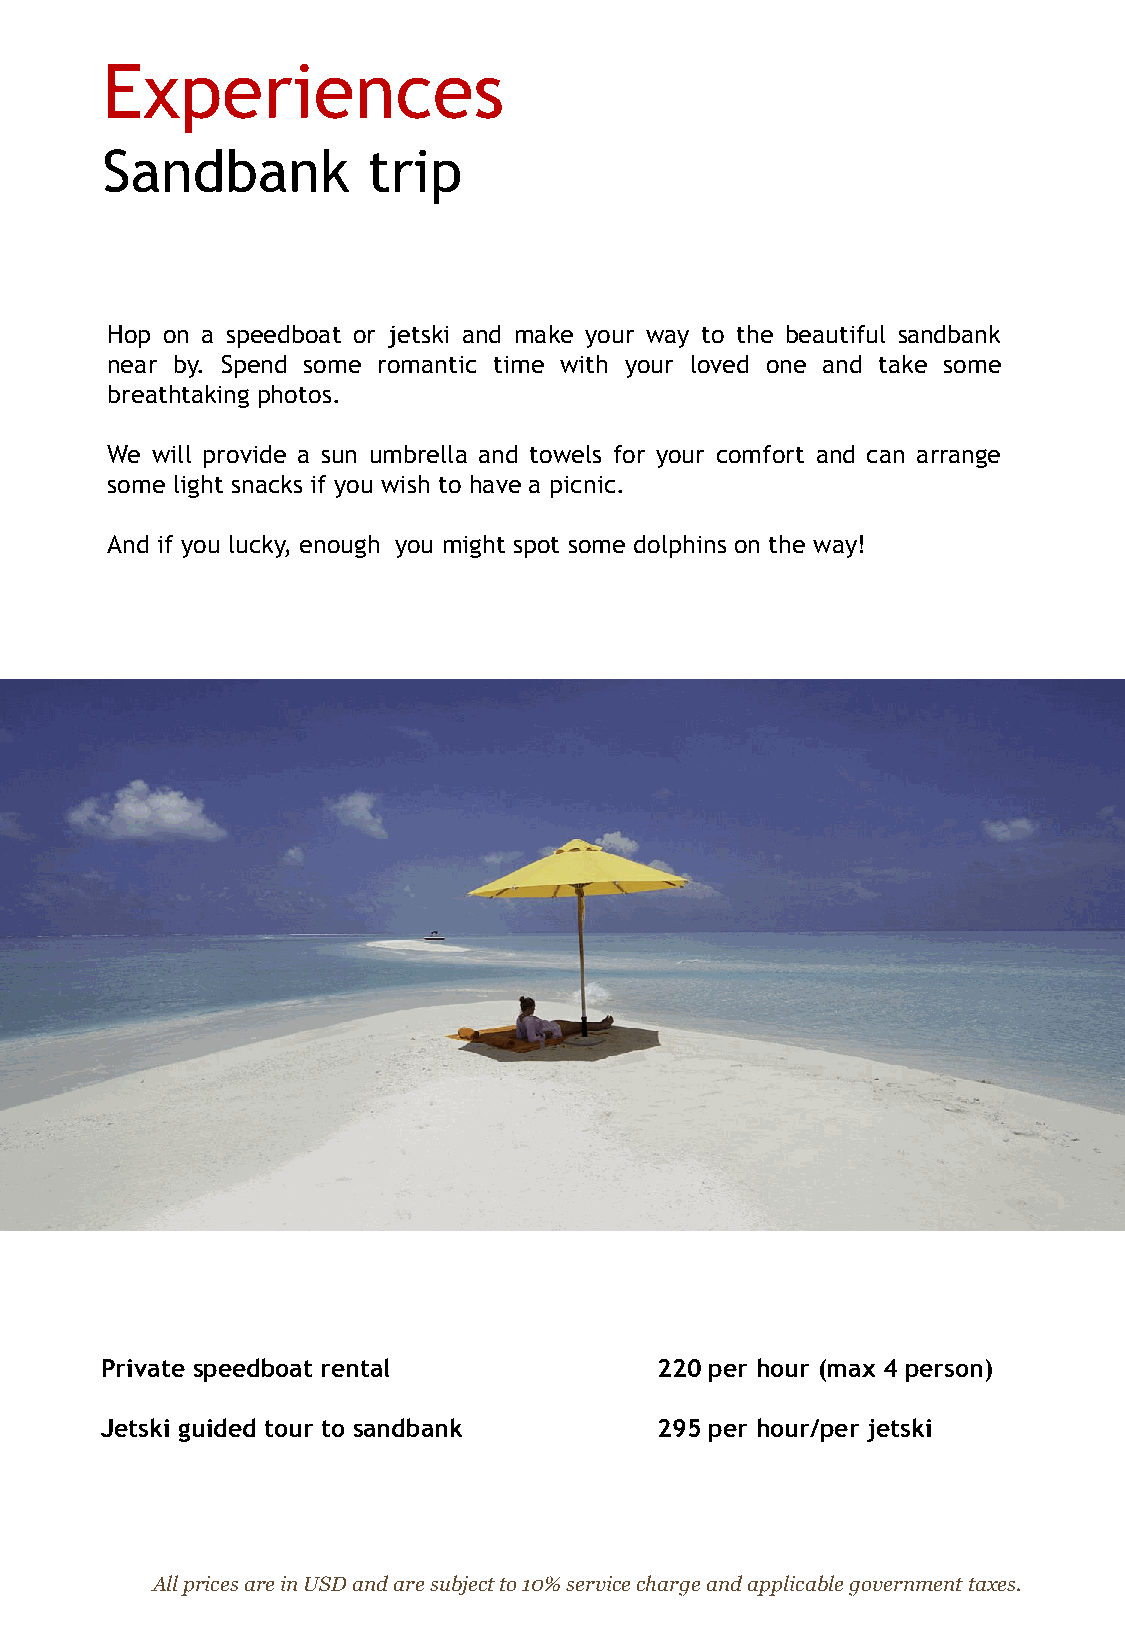
Experiences
 Sandbank         trip
 Hop on a speedboat or jetski and make your way to the beautiful sandbank
 near by. Spend some romantic time with your loved one and take some
 breathtaking photos.
 We will provide a sun umbrella and towels for your comfort and can arrange
 some light snacks if you wish to have a picnic.
 And if you lucky, enough you might spot some dolphins on the way!
 Private speedboat rental             220 per hour (max 4 person)
 Jetski guided tour to sandbank       295 per hour/per jetski
 All prices are in USD and are subject to 10% service charge and applicable government taxes.